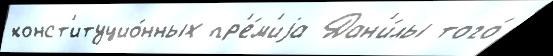
конст'итуцио́нных пр'е́м'иjа Дан'и́лы того́